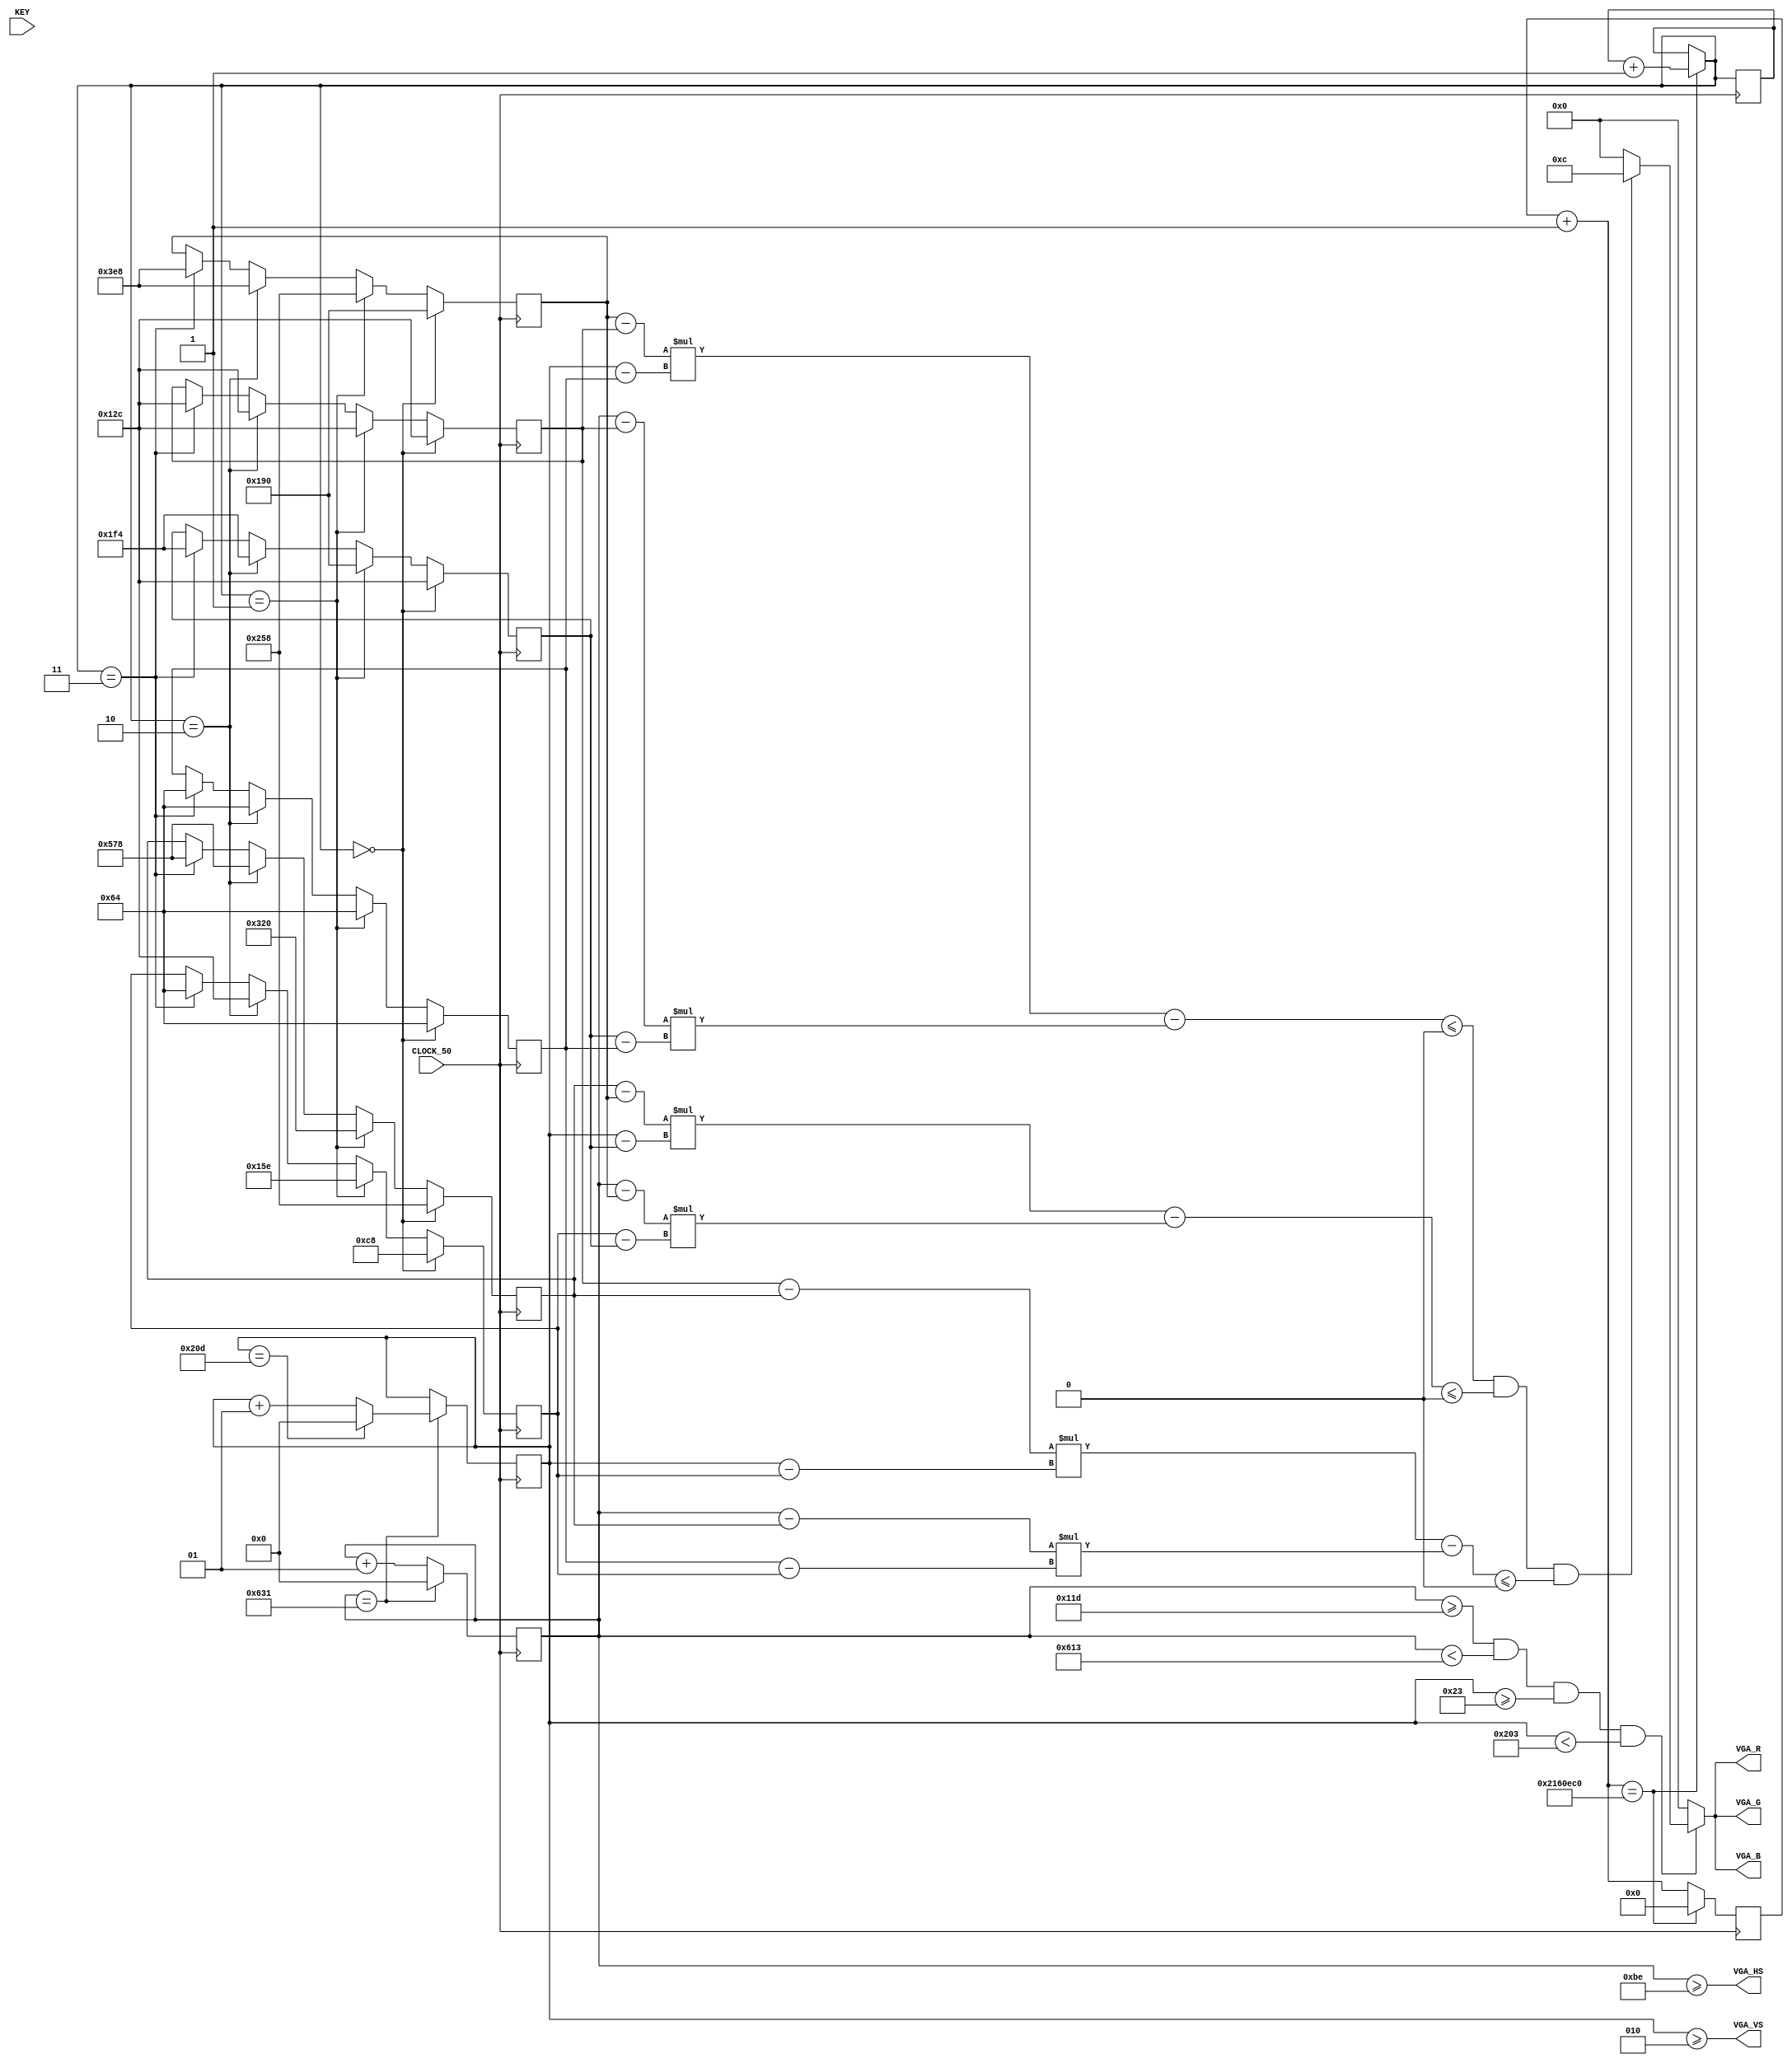
module triangulov2(
  		 input 	      CLOCK_50,
		 input [3:0]  KEY,
  		 output [3:0] VGA_R,
  		 output [3:0] VGA_G,
		 output [3:0] VGA_B,
 		 output       VGA_HS,
		 output       VGA_VS);
   
   reg signed [23:0] 		      cx = 0;
   reg signed [23:0] 		      cy = 0;		      
   reg signed [23:0] 		      p1_x = 300;
   reg signed [23:0] 		      p1_y = 100;
   reg signed [23:0] 		      p2_x = 400;
   reg signed [23:0] 		      p2_y = 300;
   reg signed [23:0] 		      p3_x = 600;
   reg signed [23:0] 		      p3_y = 200;
   reg [28:0] 			      cont = 0;
   reg [1:0] 			      cc = 0;
   
   
   
   assign VGA_R = v ? (tr ? 4'hc : 4'h0) : 4'b0;
   assign VGA_G = v ? (tr ? 4'hc : 4'h0) : 4'b0;
   assign VGA_B = v ? (tr ? 4'hc : 4'h0) : 4'b0;

   
   
   
   wire 			      v = (cx >= 285) & (cx < 1555) & (cy >= 35) & (cy < 515);
   wire 			      tr = ((p2_x - p1_x) * (cy - p1_y) -(cx - p1_x) * (p2_y - p1_y)) <= 0 &&
				              ((p3_x - p2_x) * (cy - p2_y) -(cx - p2_x) * (p3_y - p2_y)) <= 0 &&
				              ((p1_x - p3_x) * (cy - p3_y) -(cx - p3_x) * (p1_y - p3_y)) <= 0;
     
   
   reg [10:0] 			      c = 10;
   assign VGA_HS = cx >= 190;
   assign VGA_VS = cy >= 2;
   
   always @(posedge CLOCK_50) begin
      cont = cont + 1;
      if(cont == 35000000) begin
	 cc = cc + 1;
	 cont = 0;
      end
      if(cc == 0) begin
	 p1_x = 300;
 	 p1_y = 100;
 	 p2_x = 400;
	 p2_y = 300;
	 p3_x = 600;
	 p3_y = 200;
      end
      else if(cc == 1) begin
	 p1_x = 300;
 	 p1_y = 100;
 	 p2_x = 600;
	 p2_y = 400;
	 p3_x = 800;
	 p3_y = 350;
	end
      else if(cc == 2) begin
	 p1_x = 300;
 	 p1_y = 100;
 	 p2_x = 1000;
	 p2_y = 500;
	 p3_x = 1400;
	 p3_y = 300;
      end
		else if(cc == 3) begin
	 p1_x = 300;
 	 p1_y = 100;
 	 p2_x = 1000;
	 p2_y = 500;
	 p3_x = 1400;
	 p3_y = 100;
      end
      if (cx == 1585) 
	begin
           if (cy == 525) begin
	      cy <= 0;
           end
	   else 
	     cy <= cy + 1;
	   cx <= 0;
	end
      else 
	begin
	   cx <= cx + 1;
	end
   end
endmodule